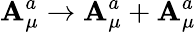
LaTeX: \mathbf{A}_{\mu}^{a}\rightarrow\mathbf{A}_{\mu}^{a}+\mathcal{{\mathbf{A}}}_{\mu}^{a}